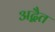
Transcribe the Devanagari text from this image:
अद्बैत